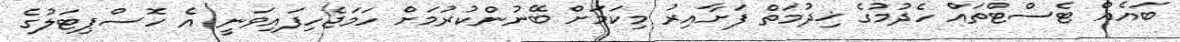
ބައެއް ޓެސްޓްތައް ހެދުމުގެ ޚިދުމަތް ފަށާއިރު މިކަމަށް ބޭނުންކުރުމަށް ހަމަޖެހިފައިވަނީ އެ ހޮސްޕިޓަލުގެ